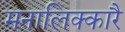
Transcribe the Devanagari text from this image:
मनालिक्कारै